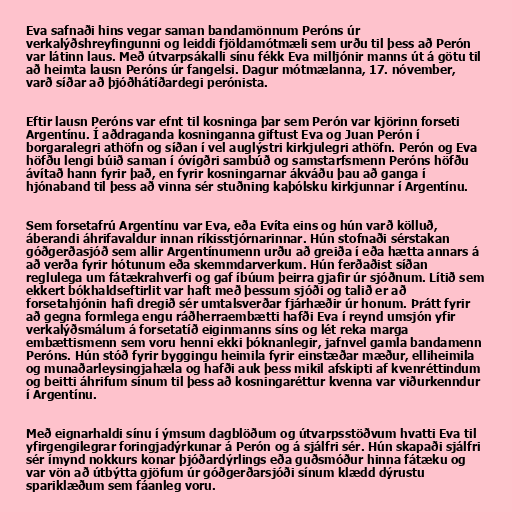
Eva safnaði hins vegar saman bandamönnum Peróns úr
verkalýðshreyfingunni og leiddi fjöldamótmæli sem urðu til þess að Perón
var látinn laus. Með útvarpsákalli sínu fékk Eva milljónir manns út á götu til
að heimta lausn Peróns úr fangelsi. Dagur mótmælanna, 17. nóvember,
varð síðar að þjóðhátíðardegi perónista.

Eftir lausn Peróns var efnt til kosninga þar sem Perón var kjörinn forseti
Argentínu. Í aðdraganda kosninganna giftust Eva og Juan Perón í
borgaralegri athöfn og síðan í vel auglýstri kirkjulegri athöfn. Perón og Eva
höfðu lengi búið saman í óvígðri sambúð og samstarfsmenn Peróns höfðu
ávítað hann fyrir það, en fyrir kosningarnar ákváðu þau að ganga í
hjónaband til þess að vinna sér stuðning kaþólsku kirkjunnar í Argentínu.

Sem forsetafrú Argentínu var Eva, eða Evíta eins og hún varð kölluð,
áberandi áhrifavaldur innan ríkisstjórnarinnar. Hún stofnaði sérstakan
góðgerðasjóð sem allir Argentínumenn urðu að greiða í eða hætta annars á
að verða fyrir hótunum eða skemmdarverkum. Hún ferðaðist síðan
reglulega um fátækrahverfi og gaf íbúum þeirra gjafir úr sjóðnum. Lítið sem
ekkert bókhaldseftirlit var haft með þessum sjóði og talið er að
forsetahjónin hafi dregið sér umtalsverðar fjárhæðir úr honum. Þrátt fyrir
að gegna formlega engu ráðherraembætti hafði Eva í reynd umsjón yfir
verkalýðsmálum á forsetatíð eiginmanns síns og lét reka marga
embættismenn sem voru henni ekki þóknanlegir, jafnvel gamla bandamenn
Peróns. Hún stóð fyrir byggingu heimila fyrir einstæðar mæður, elliheimila
og munaðarleysingjahæla og hafði auk þess mikil afskipti af kvenréttindum
og beitti áhrifum sínum til þess að kosningaréttur kvenna var viðurkenndur
í Argentínu.

Með eignarhaldi sínu í ýmsum dagblöðum og útvarpsstöðvum hvatti Eva til
yfirgengilegrar foringjadýrkunar á Perón og á sjálfri sér. Hún skapaði sjálfri
sér ímynd nokkurs konar þjóðardýrlings eða guðsmóður hinna fátæku og
var vön að útbýtta gjöfum úr góðgerðarsjóði sínum klædd dýrustu
spariklæðum sem fáanleg voru.